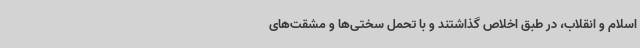
اسلام و انقلاب، در طبق اخلاص گذاشتند و با تحمل سختی‌ها و مشقت‌های